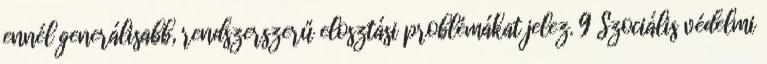
ennél generálisabb, rendszerszerű elosztási problémákat jelez. 9 Szociális védelmi